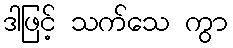
ဒါဖြင့် သက်သေ ကွာ